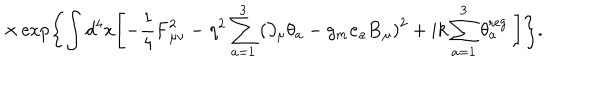
\times \exp \Biggl \{ \int d ^ { 4 } x \Biggl [ - \frac 1 4 { \bf F } _ { \mu \nu } ^ { 2 } - \eta ^ { 2 } \sum _ { a = 1 } ^ { 3 } \left( \partial _ { \mu } \theta _ { a } - g _ { m } { \bf e } _ { a } { \bf B } _ { \mu } \right) ^ { 2 } + i k \sum _ { a = 1 } ^ { 3 } \theta _ { a } ^ { \mathrm { r e g . } } \Biggr ] \Biggr \} .